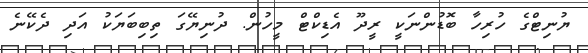
ޔުނިޓްގެ ހުރިހާ ބޮޑުންނަކީ ރީދޫ އެޑިކްޓް މީހުން. ދުނިޔޭގަ ތިބިބަޔަކު އަދި ދެކޭނެ